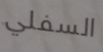
السفلي